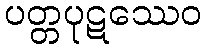
ပတ္တပုဋဿေဝ